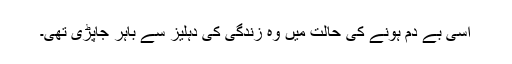
اسی بے دم ہونے کی حالت میں وہ زندگی کی دہلیز سے باہر جاپڑی تھی۔